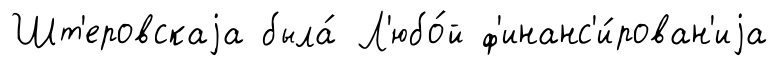
Шт'еровскаjа была́ Л'юбо́й ф'инанс'и́рован'иjа